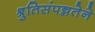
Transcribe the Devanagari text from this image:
श्रुतिसंपन्नतेने